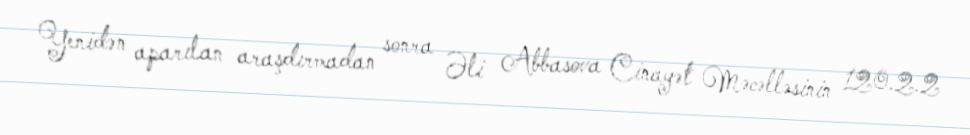
Yenidən aparılan araşdırmadan sonra Əli Abbasova Cinayət Məcəlləsinin 120.2.2